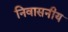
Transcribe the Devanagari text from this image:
निवासनीय